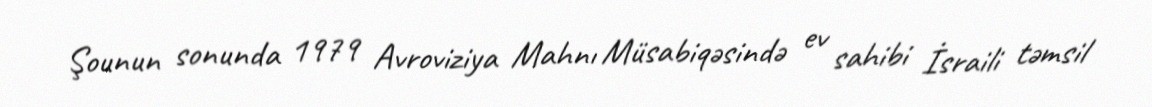
Şounun sonunda 1979 Avroviziya Mahnı Müsabiqəsində ev sahibi İsraili təmsil